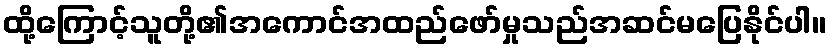
ထို့ကြောင့်သူတို့၏အကောင်အထည်ဖော်မှုသည်အဆင်မပြေနိုင်ပါ။